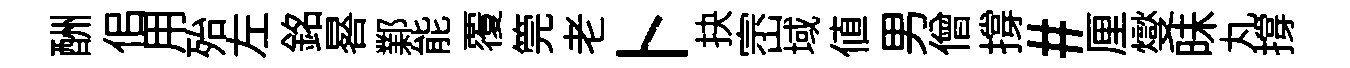
酬佀用殆左銘晷鄴能覆筦老卜抉崈域值男僧撐#厘燮昧丸撐